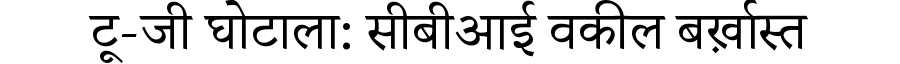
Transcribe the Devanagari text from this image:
टू-जी घोटाला: सीबीआई वकील बर्ख़ास्त